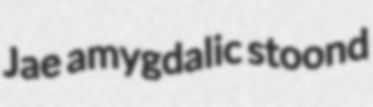
Jae amygdalic stoond